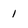
Character: 1